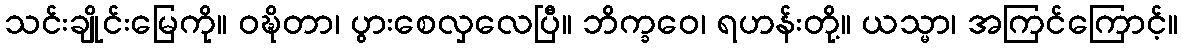
သင်းချိုင်းမြေကို။ ဝဍ္ဎိတာ၊ ပွားစေလှလေပြီ။ ဘိက္ခဝေ၊ ရဟန်းတို့။ ယသ္မာ၊ အကြင်ကြောင့်။